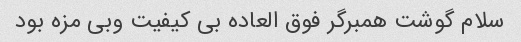
سلام گوشت همبرگر فوق العاده بی کیفیت وبی مزه بود